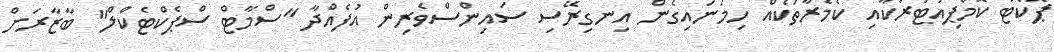
ޕޮކެޓް ކޮމްޕިއުޓަރަކާއި ކެމެރާތަކެއް ހިމަނައިގެން އިނގިރޭސި ސައިންސްވެރިން އުފެއްދާ "ސްމާޓް ސްޕެކްޓެކްލް" ބާޒާރަށް